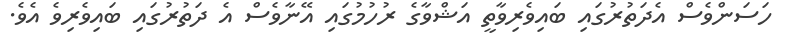
ހަސަންވެސް އެދަތުރުގައި ބައިވެރިވާތީ އަޝްވާގެ ރުހުމުގައި އޭނާވެސް އެ ދަތުރުގައި ބައިވެރިވެ އެވެ.